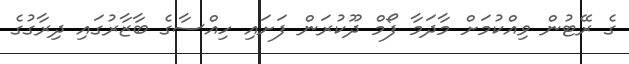
ގެ ރޭޓުން ވިއްކުމަށް މާދަމާ ފޯމް ދޫކުރަން ފަށައި ހިއްސާގެ ބާޒާރުގައި ދިރާގުގެ